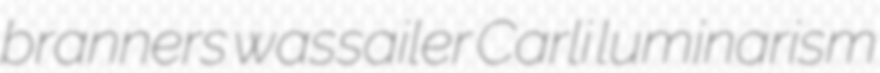
branners wassailer Carli luminarism